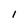
Character: l